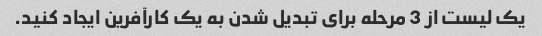
یک لیست از 3 مرحله برای تبدیل شدن به یک کارآفرین ایجاد کنید.